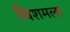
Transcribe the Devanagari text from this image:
चिशमला